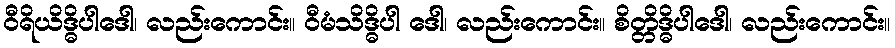
ဝီရိယိဒ္ဓိပါဒေါ၊ လည်းကောင်း။ ဝီမံသိဒ္ဓိပါ ဒေါ၊ လည်းကောင်း။ စိတ္တိဒ္ဓိပါဒေါ၊ လည်းကောင်း။